Vaccination in the Punjab 1905-1918 - 1905-1918
Year: 1905
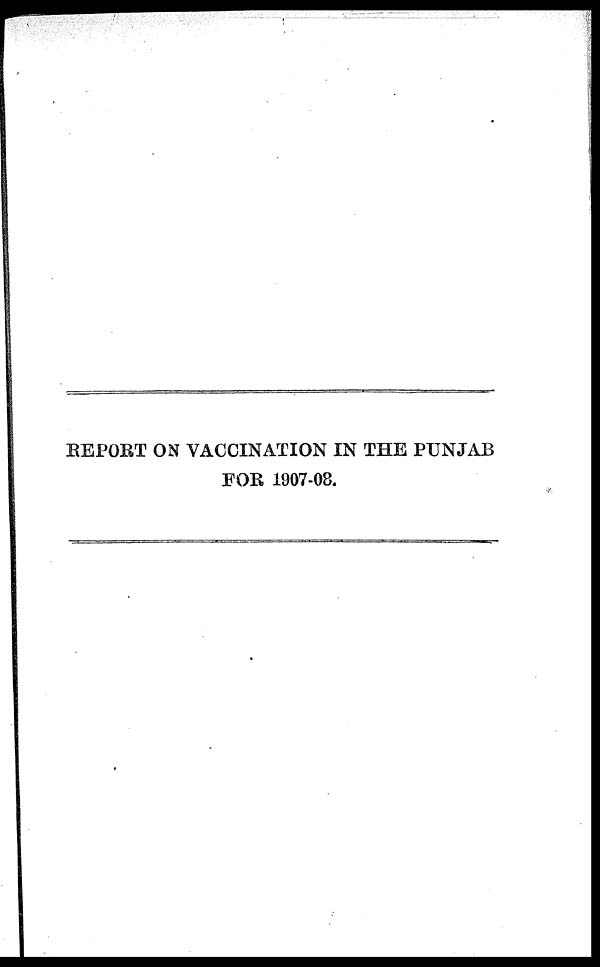
REPORT ON VACCINATION IN THE PUNJAB
FOR 1907-08.